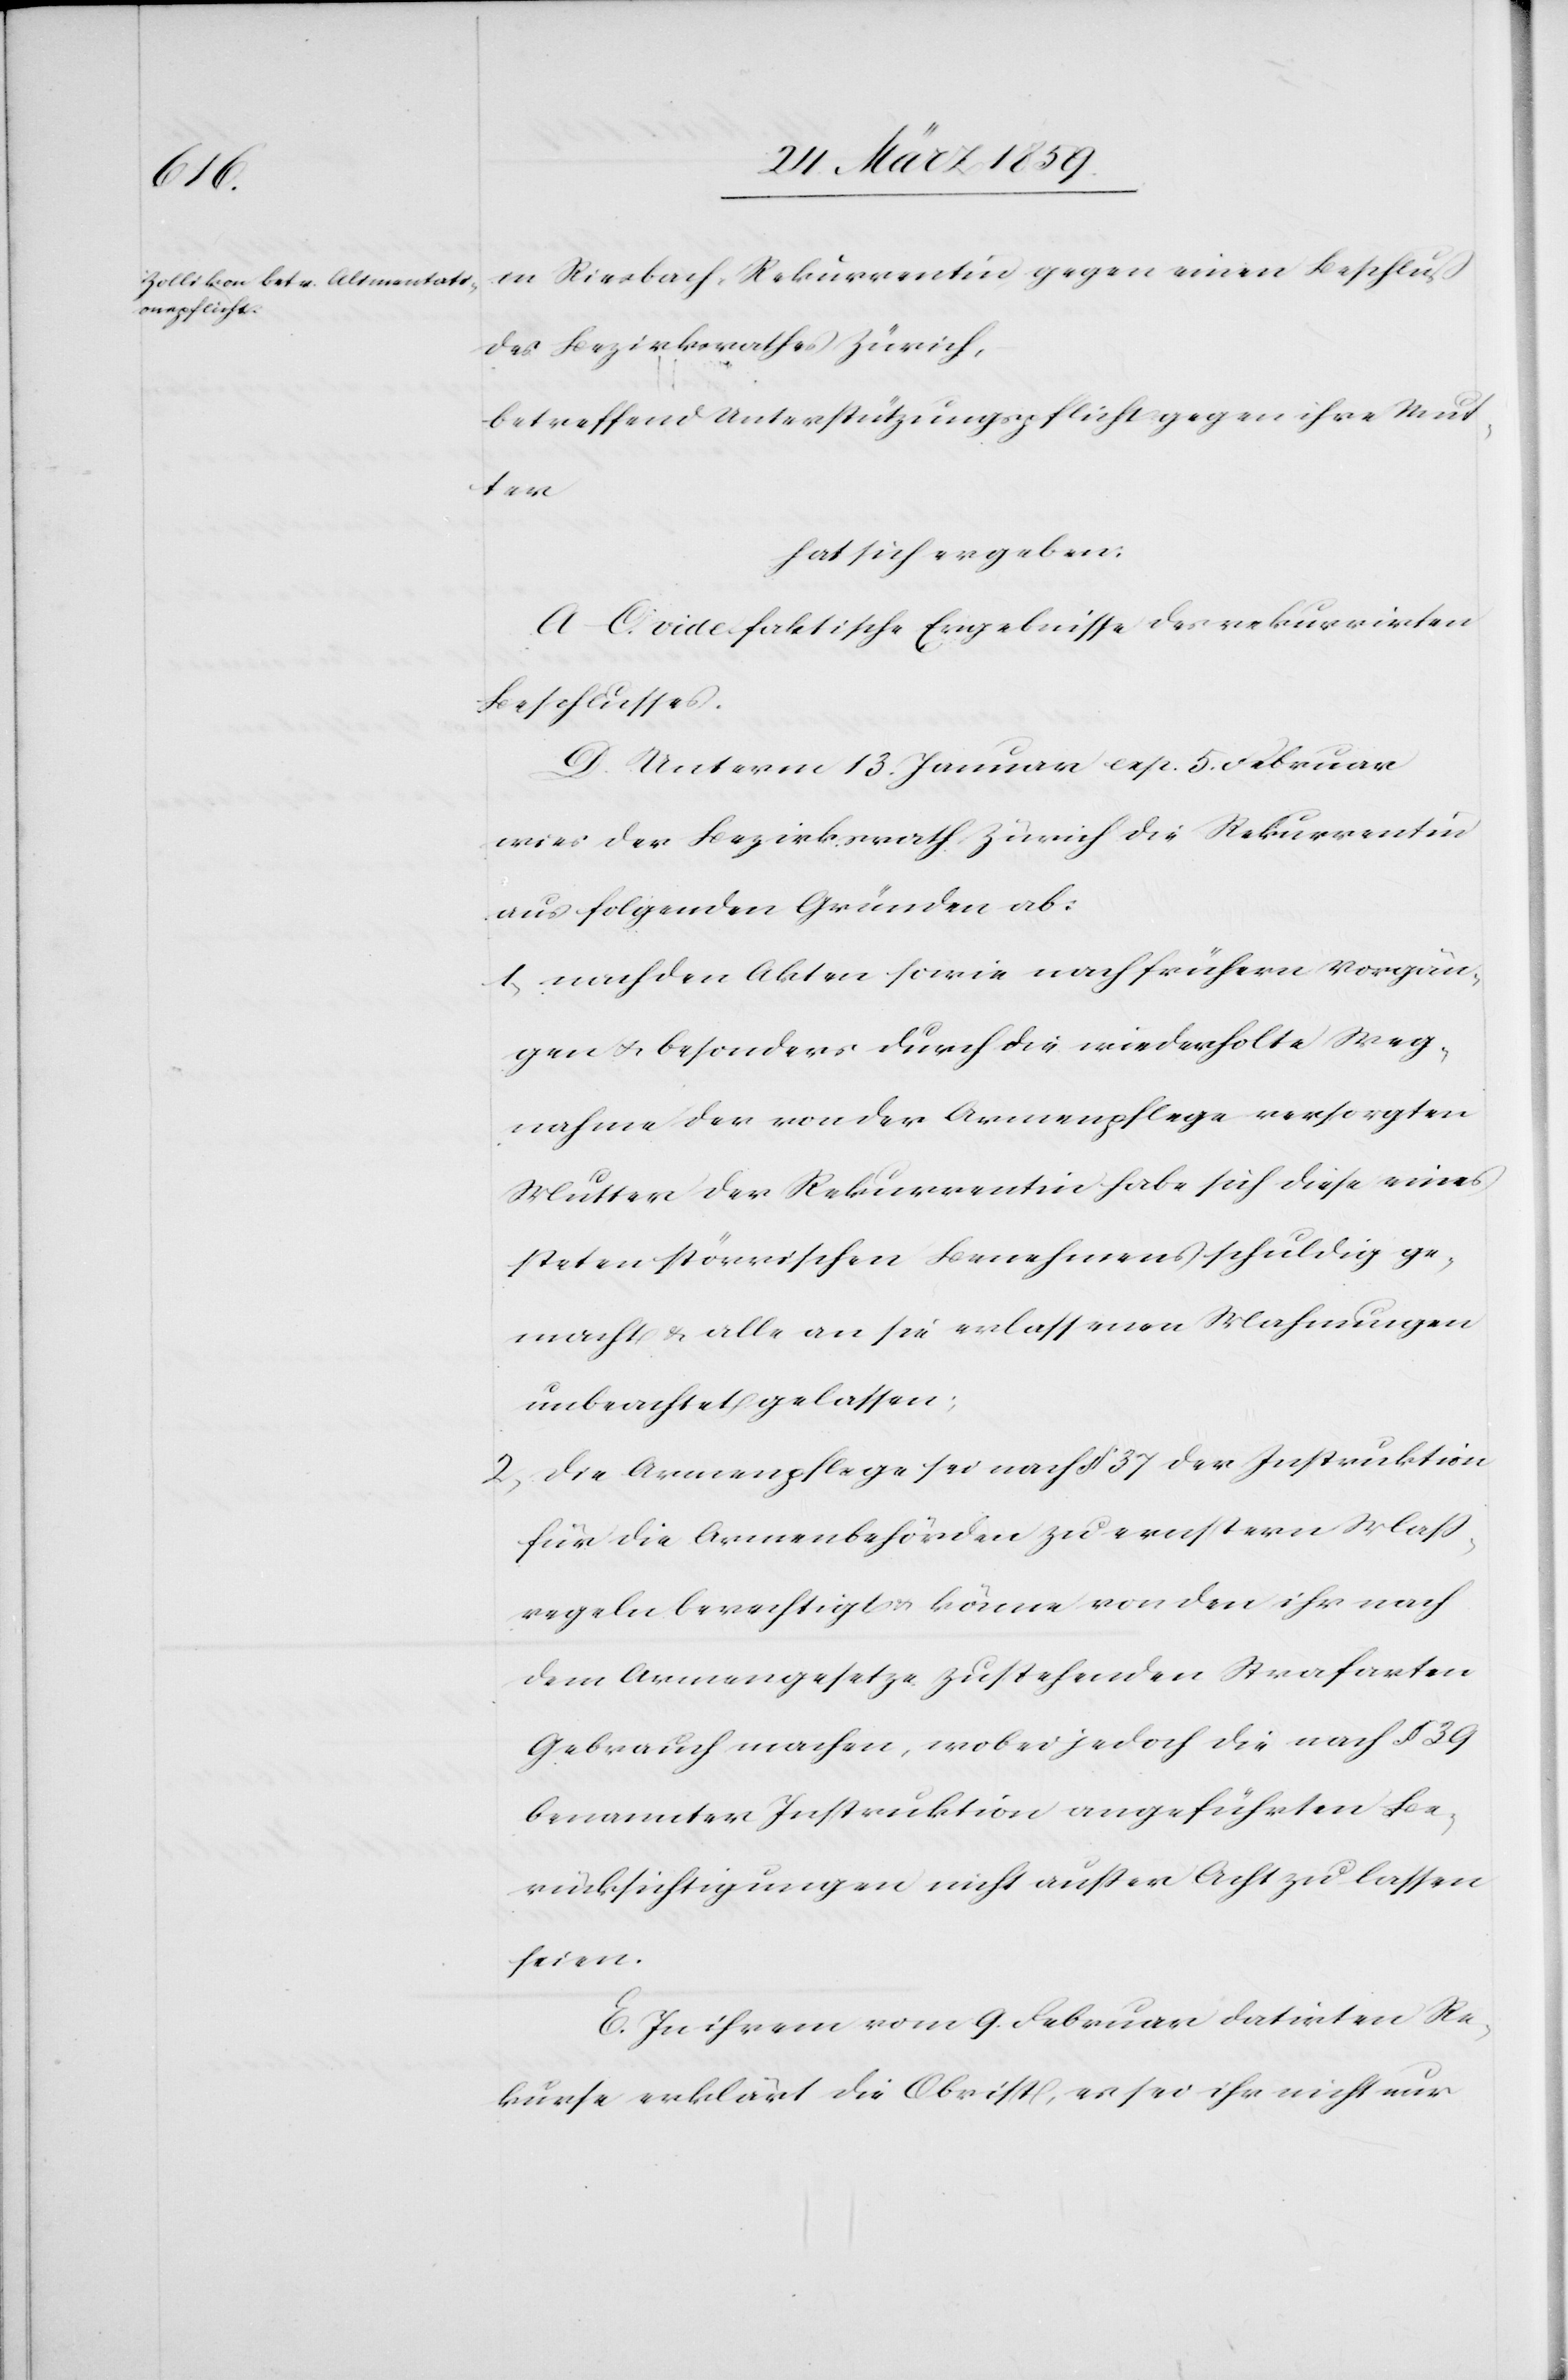
in Riesbach, Rekurrentin gegen einen Beschluß
des Bezirksrathes Zürich,
betreffend Unterstützungspflicht gegen ihre Mut¬
ter
hat sich ergeben:
A.–C. vide faktische Ergebnisse des rekurrirten
Beschlusses.
D. Unterm 13. Januar exp. 5. Februar
wies der Bezirksrath Zürich die Rekurrentin
aus folgenden Gründen ab:
1) nach den Akten sowie nach frühern Vorgän¬
gen u. besonders durch die wiederholte Weg¬
nahme der von der Armenpflege versorgten
Mutter der Rekurrentin habe sich diese eines
steten störrischen Benehmens schuldig ge¬
macht & alle an sie erlassenen Mahnungen
unbeachtet gelassen;
2) die Armenpflege sei nach § 37 der Instruktion
für die Armenbehörden zu ernstern Maß¬
regeln berechtigt u. könne von den ihr nach
dem Armengesetze zustehenden Strafarten
Gebrauch machen, wobei jedoch die nach § 39
benannter Instruktion angeführten Be¬
rücksichtigungen nicht außer Acht zu lassen
seien.
E. In ihrem vom 9. Februar datirten Re¬
kurse erklärt die Obrist, es sei ihr nicht nur